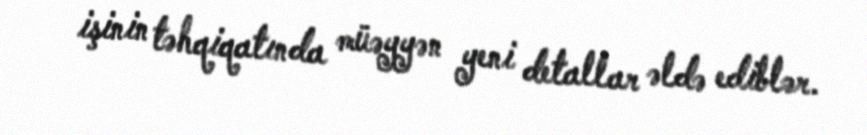
işinin təhqiqatında müəyyən yeni detallar əldə ediblər.